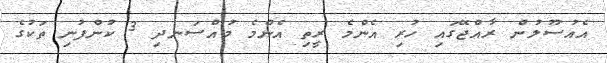
އެއުސޫލުން ރާއްޖޭގައި ހުރި އެންމެ ރީތި އެންމެ މުއްސަނދި 3 ކުންފުނި ތަކުގެ